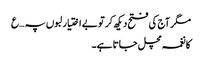
مگر آج کی فتح دیکھ کر تو بے اختیار لبوں پہ …ع
کا نغمہ مچل جاتا ہے۔